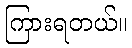
ကြားရတယ်။